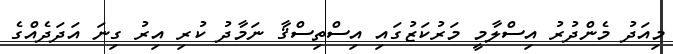
މިއަދު މެންދުރު އިސްލާމީ މަރުކަޒުގައި އިސްތިސްޤާ ނަމާދު ކުރި އިރު ގިނަ އަދަދެއްގެ